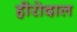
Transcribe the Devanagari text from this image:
हीरोदाल